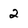
Character: 2